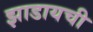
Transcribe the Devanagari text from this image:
झाडायची